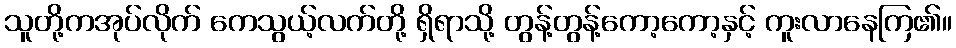
သူတို့ကအုပ်လိုက် ကေသွယ့်လက်တို့ ရှိရာသို့ တွန့်တွန့်ကော့ကော့နှင့် ကူးလာနေကြ၏။